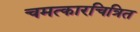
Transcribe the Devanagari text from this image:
चमत्कारचित्रित